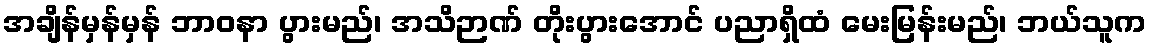
အချိန်မှန်မှန် ဘာဝနာ ပွားမည်၊ အသိဉာဏ် တိုးပွားအောင် ပညာရှိထံ မေးမြန်းမည်၊ ဘယ်သူက